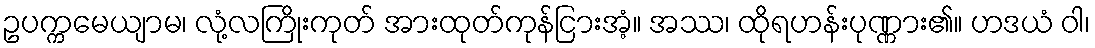
ဥပက္ကမေယျာမ၊ လုံ့လကြိုးကုတ် အားထုတ်ကုန်ငြားအံ့။ အဿ၊ ထိုရဟန်းပုဏ္ဏား၏။ ဟဒယံ ဝါ၊